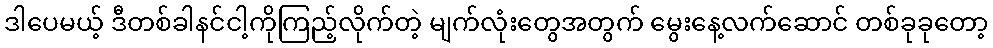
ဒါပေမယ့် ဒီတစ်ခါနင်ငါ့ကိုကြည့်လိုက်တဲ့ မျက်လုံးတွေအတွက် မွေးနေ့လက်ဆောင် တစ်ခုခုတော့